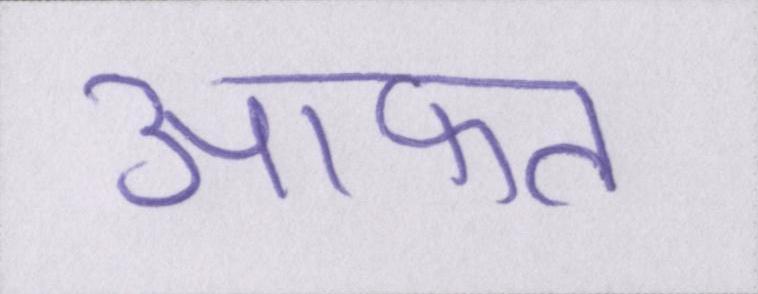
आफत